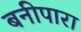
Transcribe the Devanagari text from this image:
बनीपारा